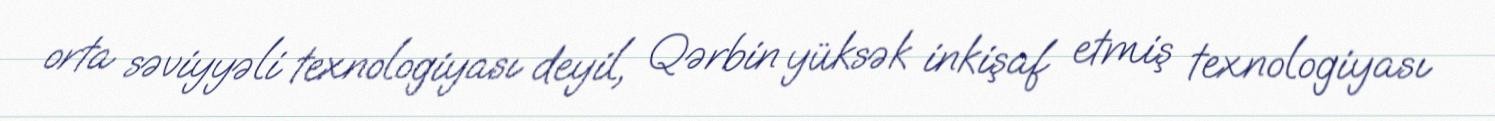
orta səviyyəli texnologiyası deyil, Qərbin yüksək inkişaf etmiş texnologiyası